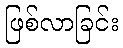
ဖြစ်လာခြင်း